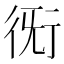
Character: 𧗨